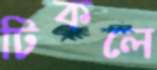
টিকলে